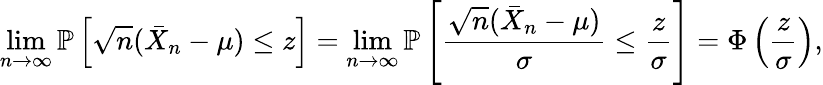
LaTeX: \operatorname*{lim}_{n\to\infty}\mathbb{P}\left[{\sqrt{n}}({\bar{X}}_{n}-\mu)\leq z\right]=\operatorname*{lim}_{n\to\infty}\mathbb{P}\left[{\frac{{\sqrt{n}}({\bar{X}}_{n}-\mu)}{\sigma}}\leq{\frac{z}{\sigma}}\right]=\Phi\left({\frac{z}{\sigma}}\right),